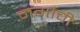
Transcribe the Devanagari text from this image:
मर्गाची